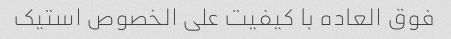
فوق العاده با کیفیت علی الخصوص استیک